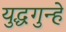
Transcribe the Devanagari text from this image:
युद्धगुन्हे